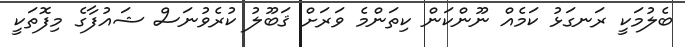
ބެލުމަކީ ރަނގަޅު ކަމެއް ނޫންކަން ކިތަންމެ ވަރަށް ޤަބޫލު ކުރެވުނަސް ޝައުފާގެ މިފޮތަކީ